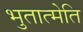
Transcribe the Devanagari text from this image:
भुतात्मेति